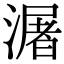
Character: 潳